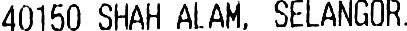
40150 SHAH ALAM, SELANGOR.